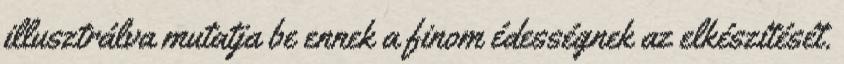
illusztrálva mutatja be ennek a finom édességnek az elkészítését.